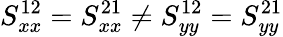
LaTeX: S_{xx}^{12}=S_{xx}^{21}\neq S_{yy}^{12}=S_{yy}^{21}